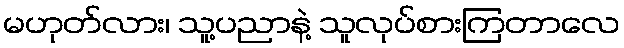
မဟုတ်လား၊ သူ့ပညာနဲ့ သူလုပ်စားကြတာလေ